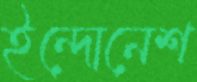
ইন্দোনেশ